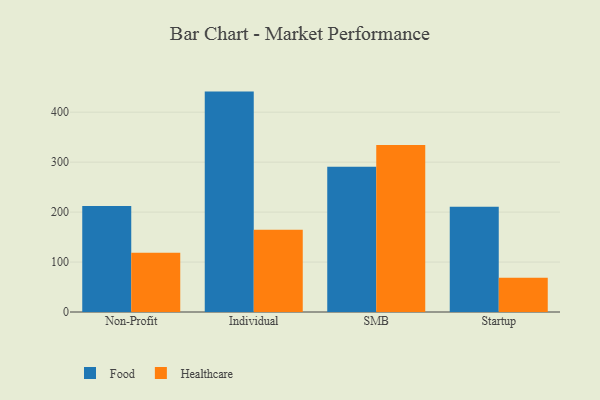
{"axis": {"x": "Segment", "y": "Shipments"}, "legend": ["Food", "Healthcare"], "data": [{"x": "Non-Profit", "y": 212.0, "type": "Food"}, {"x": "Non-Profit", "y": 118.7, "type": "Healthcare"}, {"x": "Individual", "y": 441.2, "type": "Food"}, {"x": "Individual", "y": 164.8, "type": "Healthcare"}, {"x": "SMB", "y": 291.0, "type": "Food"}, {"x": "SMB", "y": 334.2, "type": "Healthcare"}, {"x": "Startup", "y": 210.9, "type": "Food"}, {"x": "Startup", "y": 68.7, "type": "Healthcare"}]}